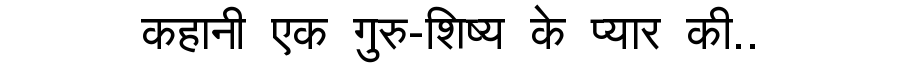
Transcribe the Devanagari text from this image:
कहानी एक गुरु-शिष्य के प्यार की..